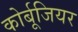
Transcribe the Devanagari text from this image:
कोर्बूजियर